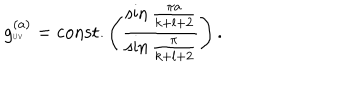
g _ { \tiny \mathrm { U V } } ^ { ( a ) } = \mathrm { c o n s t . } \left( { \frac { \sin { \frac { \pi a } { k + l + 2 } } } { \sin { \frac { \pi } { k + l + 2 } } } } \right) .